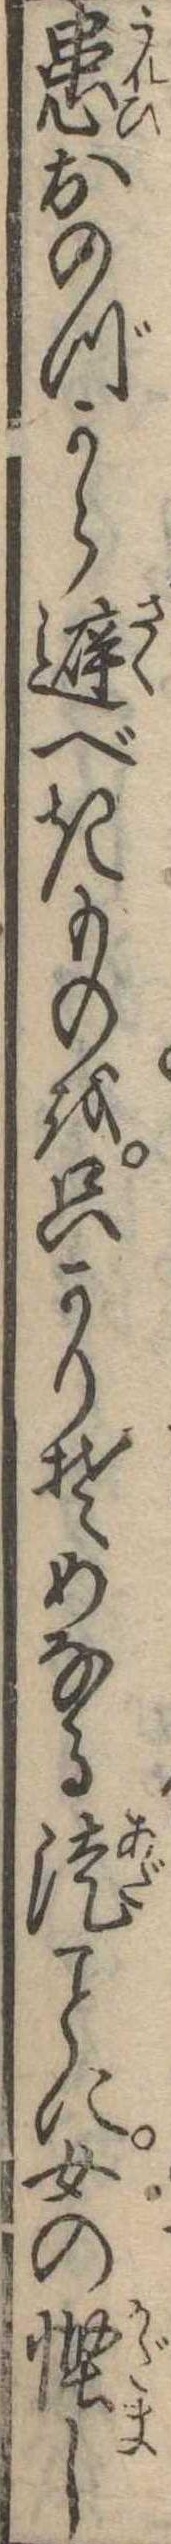
患おのづから避べきものを只かりそめなる徒に女の慳し